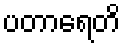
ပတာရေတိ